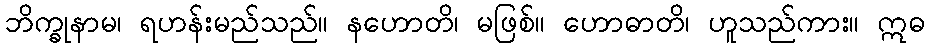
ဘိက္ခုနာမ၊ ရဟန်းမည်သည်။ နဟောတိ၊ မဖြစ်။ ဟောဓာတိ၊ ဟူသည်ကား။ ဣဓ